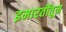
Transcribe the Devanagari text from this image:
इमारतींतून